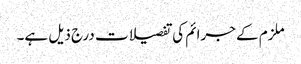
ملزم کے جرائم کی تفصیلات درج ذیل ہے۔